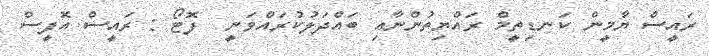
ރައީސް ޔާމީން ކަނޑިތީމް ރައްޔިތުންނާއި ބައްދަލުކުރައްވަނީ  ފޮޓޯ : ރައީސް އޮފީސް